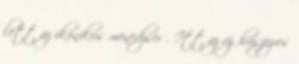
lett az ikonikus menedzser . Itt az új húszezres